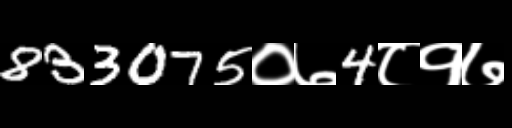
Text: 833075०७4८१७